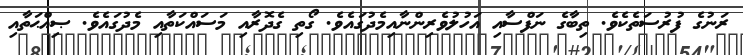
ރަނުގެ ފުރުސަތެކެވެ. ތިބާގެ ނަފްސާއި އަހުލުވެރިންނާއިމެދުގައެވެ. ގޯތި ގެދޮރާއި މަސައްކަތާއި މެދުގައެވެ. ޞިއްޙަތާއި